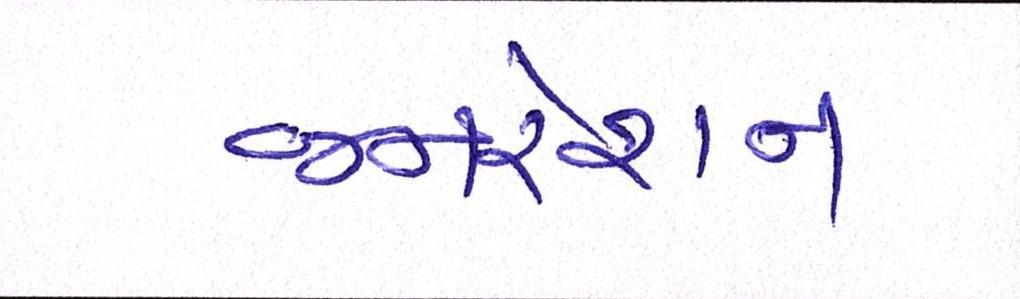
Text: જનરેશન